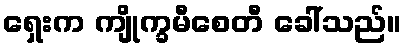
ရှေးက ကျိုက္ခမီစေတီ ခေါ်သည်။